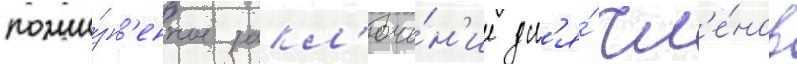
пожи́зн'енное закл'юче́н'ие дл'я́ чл'е́нов